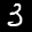
Label: 3